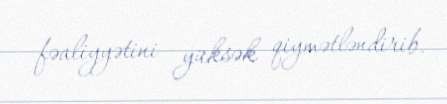
fəaliyyətini yüksək qiymətləndirib.